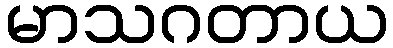
မာသဂတာယ